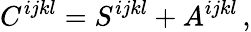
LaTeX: C^{ijkl}=S^{ijkl}+A^{ijkl}\, ,